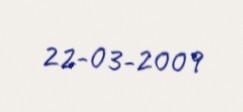
22-03-2009